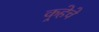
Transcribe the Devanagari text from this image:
कर्‍हेचे